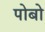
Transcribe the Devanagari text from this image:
पोबो